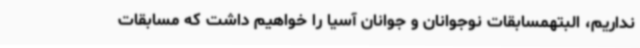
نداریم، البتهمسابقات نوجوانان و جوانان آسیا را خواهیم داشت که مسابقات